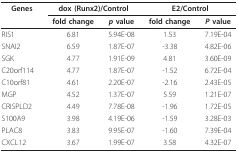
<table><thead><tr><td><b>Genes</b></td><td colspan="2"><b>dox (Runx2)/Control</b></td><td colspan="2"><b>E2/Control</b></td></tr><tr><td></td><td><b>fold change</b></td><td><b><i>p </i>value</b></td><td><b>fold change</b></td><td><b><i>P </i>value</b></td></tr></thead><tbody><tr><td>RIS1</td><td>6.81</td><td>5.94E-08</td><td>1.53</td><td>7.19E-04</td></tr><tr><td>SNAI2</td><td>6.59</td><td>1.87E-07</td><td>-3.38</td><td>4.82E-06</td></tr><tr><td>SGK</td><td>4.77</td><td>1.91E-09</td><td>4.81</td><td>3.60E-09</td></tr><tr><td>C20orf114</td><td>4.77</td><td>1.87E-07</td><td>-1.52</td><td>6.72E-04</td></tr><tr><td>C10orf81</td><td>4.61</td><td>2.20E-07</td><td>-2.16</td><td>2.43E-05</td></tr><tr><td>MGP</td><td>4.52</td><td>1.37E-07</td><td>5.59</td><td>1.21E-07</td></tr><tr><td>CRISPLD2</td><td>4.49</td><td>7.78E-08</td><td>-1.96</td><td>1.72E-05</td></tr><tr><td>S100A9</td><td>3.98</td><td>4.19E-06</td><td>-1.59</td><td>3.28E-03</td></tr><tr><td>PLAC8</td><td>3.83</td><td>9.95E-07</td><td>-1.60</td><td>7.39E-04</td></tr><tr><td>CXCL12</td><td>3.67</td><td>1.99E-07</td><td>3.58</td><td>4.32E-07</td></tr></tbody></table>